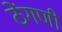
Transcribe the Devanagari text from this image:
ठेंगणी